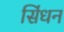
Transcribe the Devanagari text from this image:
सिंधन